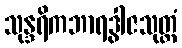
သုန္ဒရိကဘာရဒွါဇသုတ္တံ